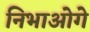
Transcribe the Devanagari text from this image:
निभाओगे